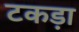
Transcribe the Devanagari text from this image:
टकड़ा